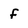
Character: F